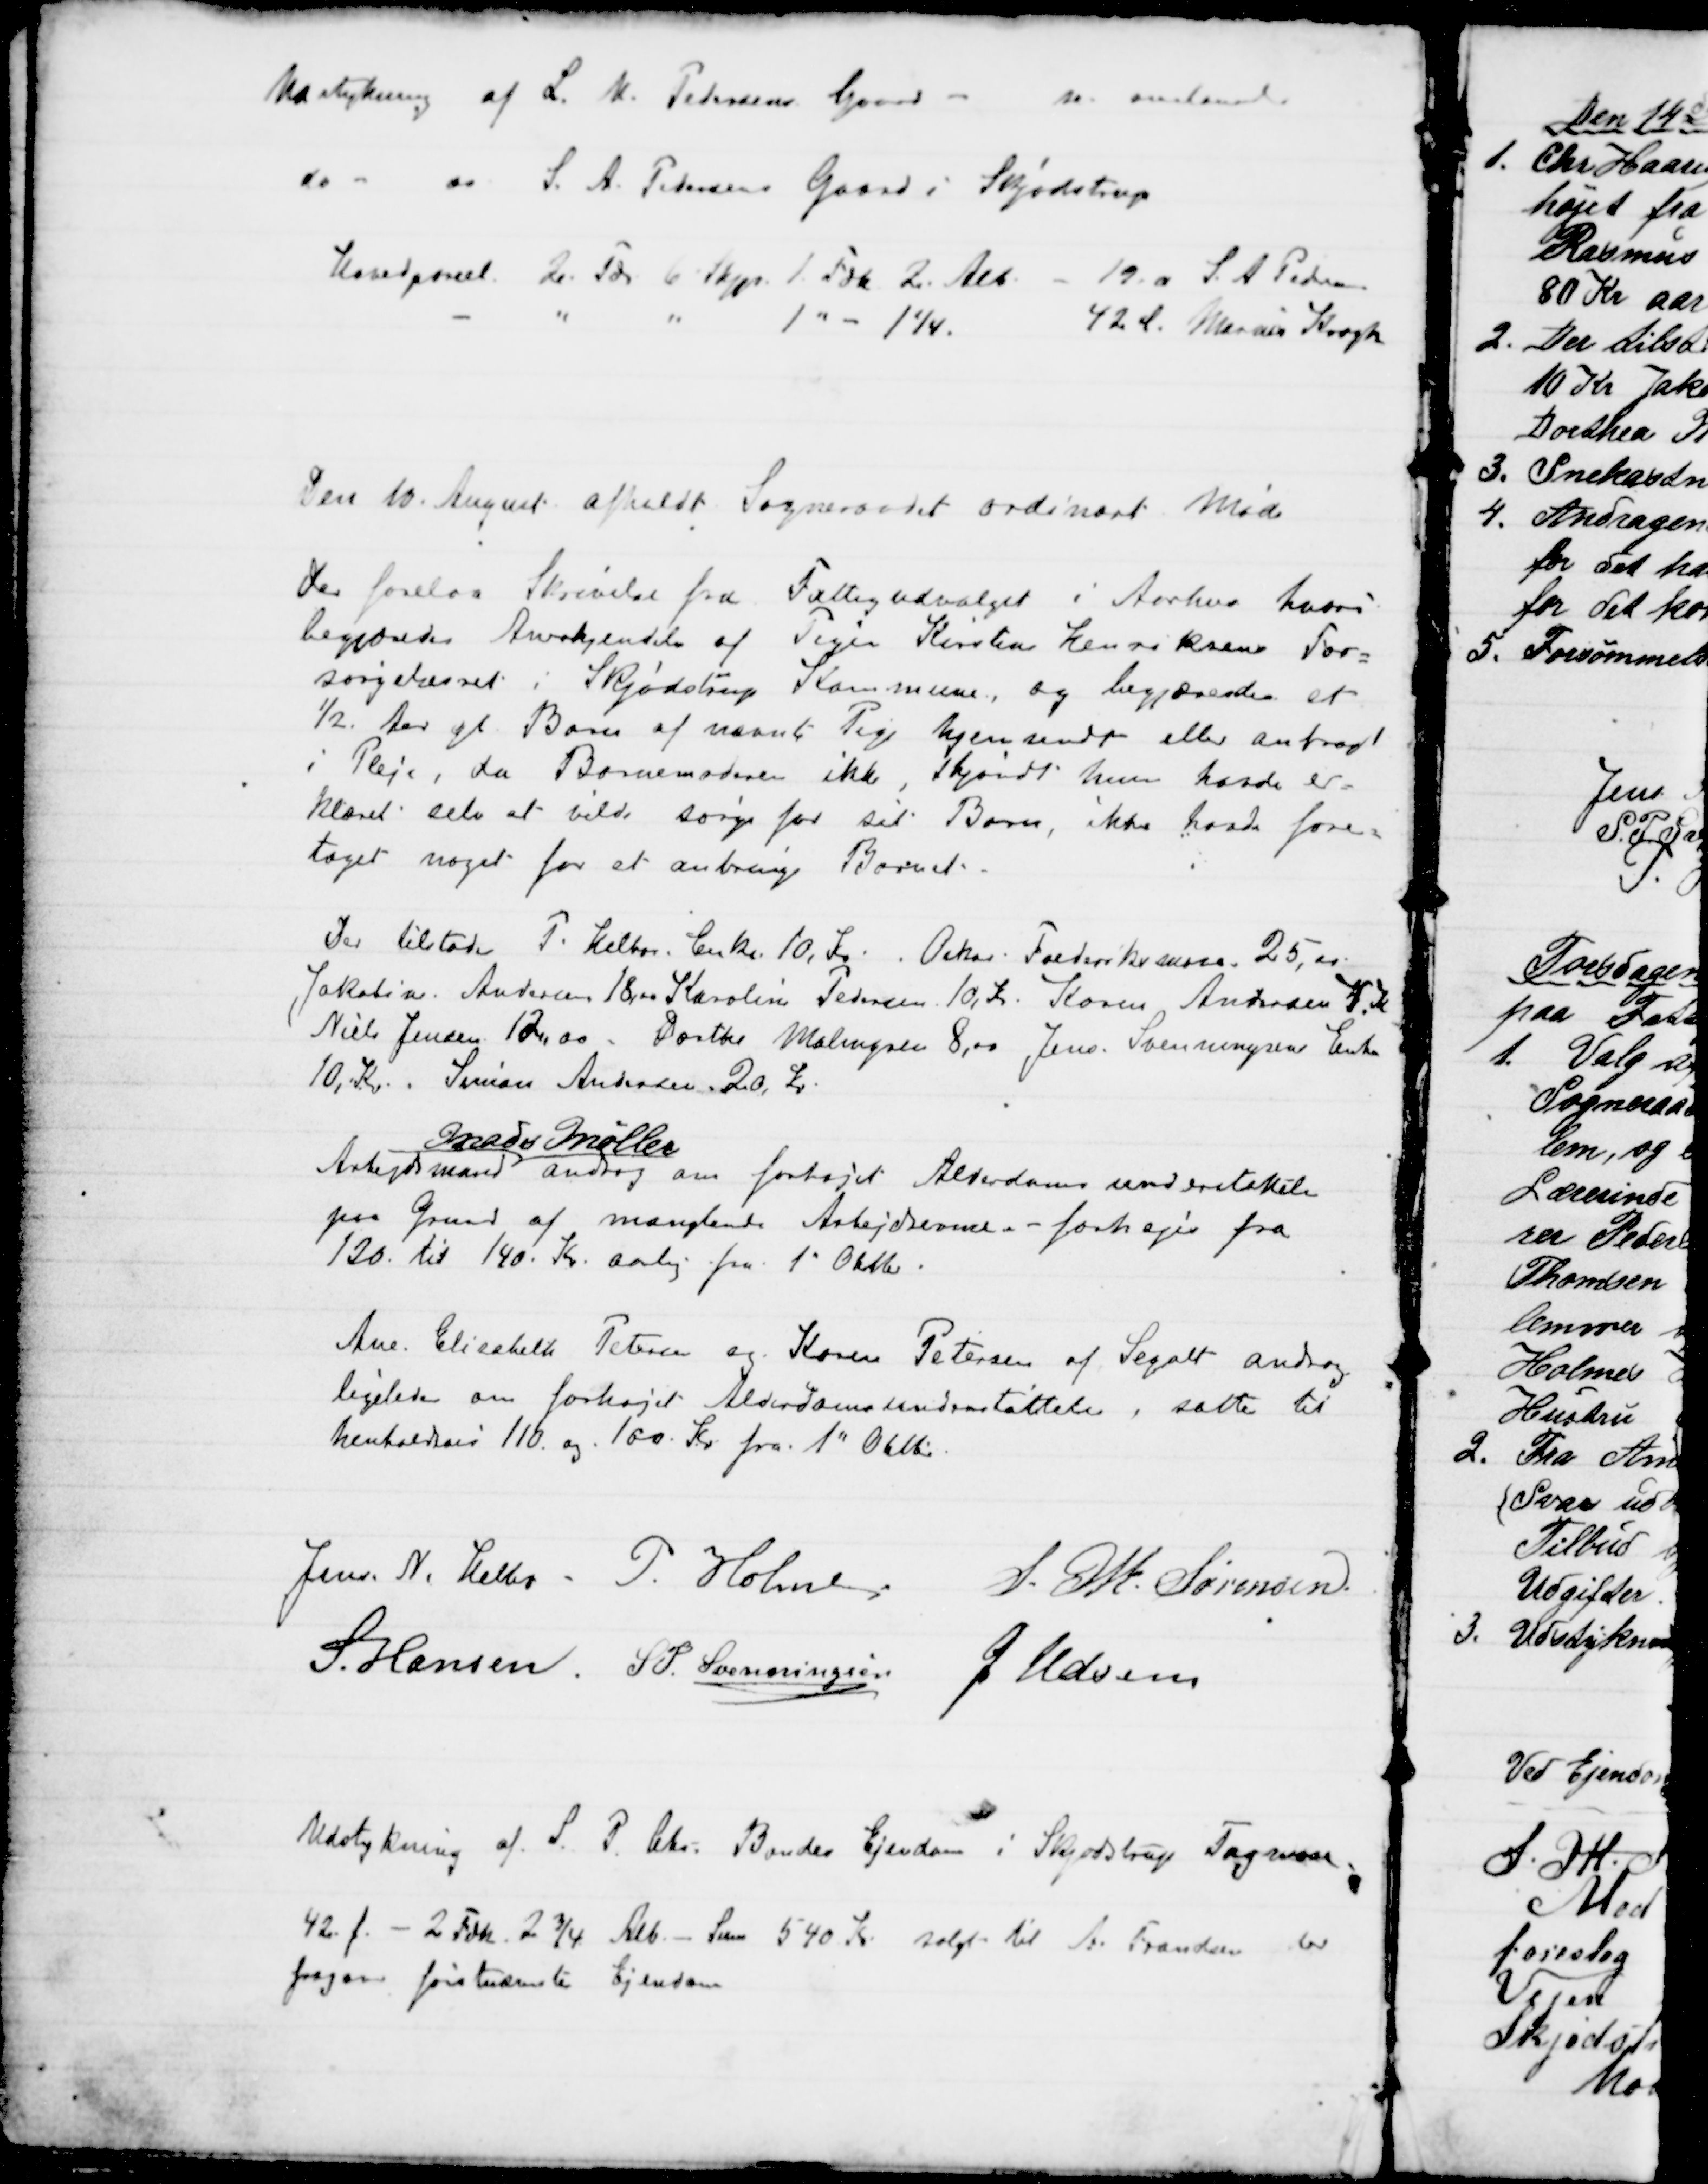
Transskription:
Udstykning af L. M. Pedersens Gaard - m. omstaaende
do " do S. A. Pedersens Gaard i Skjødstrup
Hovedparcel. 2 Tdr 6 Skjpr 1. Fdk. 2. Alb. - 19. a S. A. Pedersen
1 " - 1¼. 
42 l. Marius Krogh
Den 10. August afholdt Sogneraadet ordinært Møde
Der forelaa Skrivelse fra Fattigudvalget i Aarhus hvori
begjæredes Anerkjendelse af Pigen Kirsten Henriksens For-
sørgelsesret i Skjødstrup Kommune, og begjæredes et
½ Aar gl Barn af nævnte Pige hjemsendt eller anbragt
i Pleje, da Barnemoderen ikke, skjøndt hun havde er-
klæret selv at vilde sørge for sit Barn, ikke havde fore-
taget noget for at anbringe Barnet.
Der tilstodes P. Helbos. Enke 10, Kr. Oskar. Frederiksmose. 25,00
Jakobine. Andersen 18,00 Karoline Pedersen 10, Kr. Karen Andersen 7. Kr
Niels Jensen 12,00 - Dorthe Malmgren 8,00 Jens Svenningsens Enke
10, Kr. Simon Andersen 20 Kr.
Arbejdsmand 
Mads Møller
androg om forhøjet Alderdomsunderstøttelse
paa Grund af manglende Arbejdsevne. - forhøjes fra
130. til 140. Kr. aarlig fra 1" Oktbr.
Ane. Elisabeth Petersen og Karen Petersen af Segalt androg
ligeledes om forhøjet Alderdomsunderstøttelse, sattes til
henholdsvis 110. og 100 Kr. fra 1" Oktbr.
Jens N. Helbo P. Holme S. M. Sørensen.
S. Hansen S. P. Svenningsen J Udsen
Udstykning af S. P. Chr. Bondes Ejendom i Skjødstrup Tagmose,
42. f. - 2 Fdk. 2¾ Alb. - Sum 540 Kr solgt til A. Frandsen der
fragaar førstnævnte Ejendom